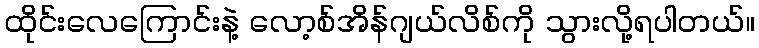
ထိုင်းလေကြောင်းနဲ့ လော့စ်အိန်ဂျယ်လိစ်ကို သွားလို့ရပါတယ်။